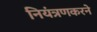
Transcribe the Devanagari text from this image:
नियंत्रणकरने